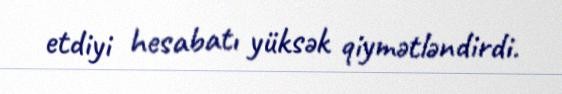
etdiyi hesabatı yüksək qiymətləndirdi.